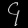
Digit: ၄